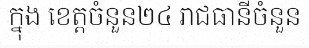
ក្នុង ខេត្តចំនួន២៤ រាជធានីចំនួន